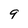
Character: 9